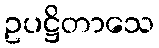
ဥပဋ္ဌိတာသေ